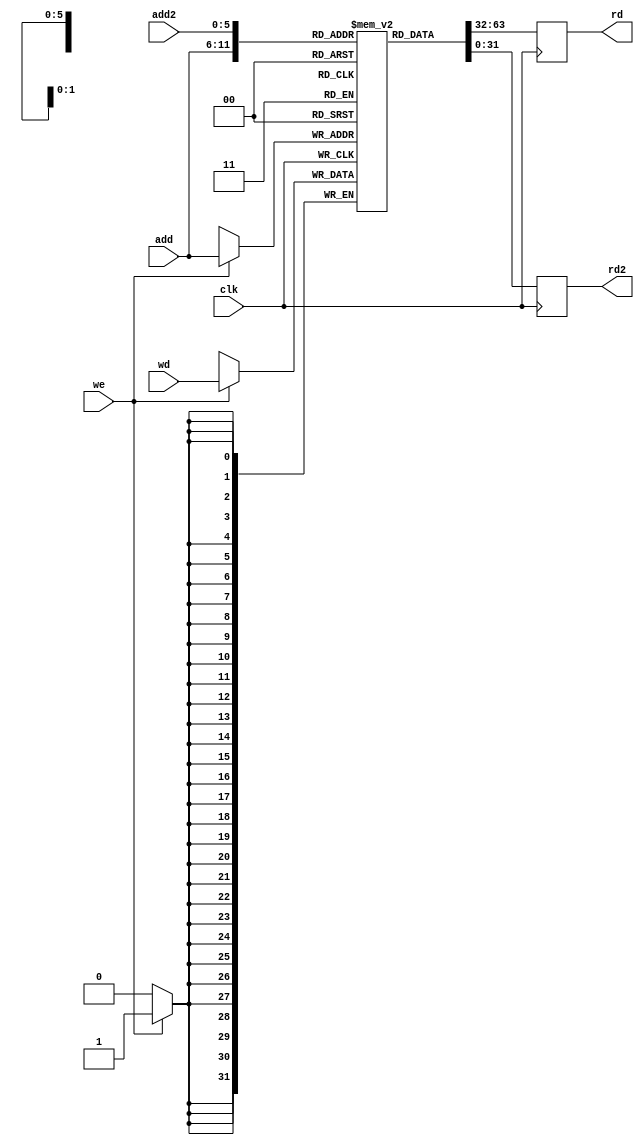
`timescale 1ns / 1ps

module ram #(
    parameter mem_file_name = "none",
    parameter ram_width = 35,
    parameter ram_addwidth = 6
) (          
    input clk, 
    input we,
    input [ram_addwidth-1:0] add,
	 input [ram_addwidth-1:0] add2,
    input [31:0] wd,
    output reg [31:0] rd,
	 output reg [31:0] rd2
);
             
  reg [31:0] BYTE[ram_width-1:0];
  
  initial
     if (mem_file_name != "none")
          $readmemh (mem_file_name, BYTE);
  
  always @ (posedge clk)begin
     rd   <= BYTE[add ];
	  rd2  <= BYTE[add2];
     if(we)begin
       BYTE[add] <= wd;
    end
  end
      
endmodule